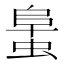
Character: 𧌛